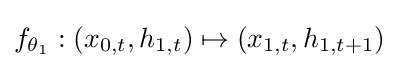
f_{\theta _{1}}:(x_{0,t},h_{1,t})\mapsto (x_{1,t},h_{1,t+1})